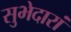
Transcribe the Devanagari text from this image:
सुभेदारां